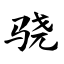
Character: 骁